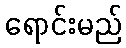
ရောင်းမည်